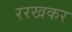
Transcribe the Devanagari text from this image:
ररखकर